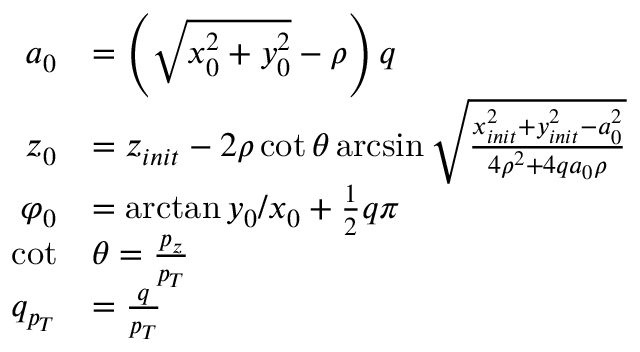
\begin{array} { r l } { a _ { 0 } } & { = \left( \sqrt { x _ { 0 } ^ { 2 } + y _ { 0 } ^ { 2 } } - \rho \right) q } \\ { z _ { 0 } } & { = z _ { i n i t } - 2 \rho \cot { \theta } \arcsin { \sqrt { \frac { x _ { i n i t } ^ { 2 } + y _ { i n i t } ^ { 2 } - a _ { 0 } ^ { 2 } } { 4 \rho ^ { 2 } + 4 q a _ { 0 } \rho } } } } \\ { \varphi _ { 0 } } & { = \arctan { y _ { 0 } / x _ { 0 } } + \frac { 1 } { 2 } q \pi } \\ { \cot } & { \theta = \frac { p _ { z } } { p _ { T } } } \\ { q _ { p _ { T } } } & { = \frac { q } { p _ { T } } } \end{array}